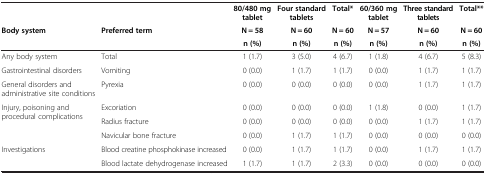
|  |  | 80/480 mg tablet | Four standard tablets | Total* | 60/360 mg tablet | Three standard tablets | Total** |
 | <ROWSPAN=2> Body system | <ROWSPAN=2> Preferred term | N = 58 | N = 60 | N = 60 | N = 57 | N = 60 | N = 60 |
 | n (%) | n (%) | n (%) | n (%) | n (%) | n (%) |
 | --- | --- | --- | --- | --- | --- | --- | --- |
 | Any body system | Total | 1 (1.7) | 3 (5.0) | 4 (6.7) | 1 (1.8) | 4 (6.7) | 5 (8.3) |
 | Gastrointestinal disorders | Vomiting | 0 (0.0) | 1 (1.7) | 1 (1.7) | 0 (0.0) | 1 (1.7) | 1 (1.7) |
 | General disorders and administrative site conditions | Pyrexia | 0 (0.0) | 0 (0.0) | 0 (0.0) | 0 (0.0) | 1 (1.7) | 1 (1.7) |
 | <ROWSPAN=3> Injury, poisoning and procedural complications | Excoriation | 0 (0.0) | 0 (0.0) | 0 (0.0) | 1 (1.8) | 0 (0.0) | 1 (1.7) |
 | Radius fracture | 0 (0.0) | 0 (0.0) | 0 (0.0) | 0 (0.0) | 1 (1.7) | 1 (1.7) |
 | Navicular bone fracture | 0 (0.0) | 1 (1.7) | 1 (1.7) | 0 (0.0) | 0 (0.0) | 0 (0.0) |
 | <ROWSPAN=2> Investigations | Blood creatine phosphokinase increased | 0 (0.0) | 1 (1.7) | 1 (1.7) | 0 (0.0) | 1 (1.7) | 1 (1.7) |
 | Blood lactate dehydrogenase increased | 1 (1.7) | 1 (1.7) | 2 (3.3) | 0 (0.0) | 0 (0.0) | 0 (0.0) |